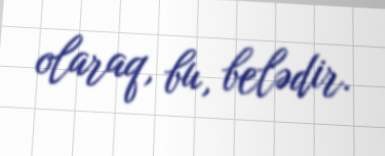
olaraq, bu, belədir.